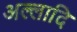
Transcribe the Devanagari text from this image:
अल्लादि